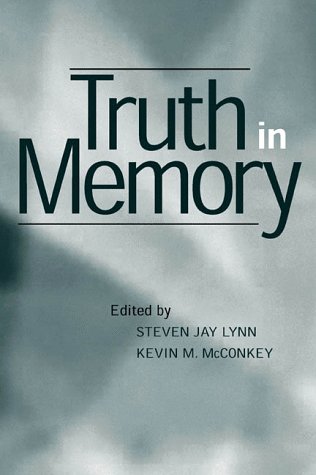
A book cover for Truth in Memory; Law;